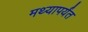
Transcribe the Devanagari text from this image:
मथ्यापर्यंत